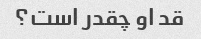
قد او چقدر است؟